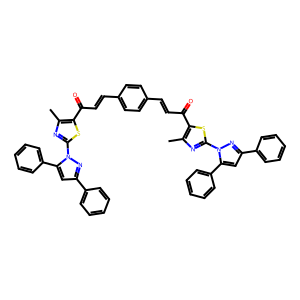
SMILES: Cc1nc(-n2nc(-c3ccccc3)cc2-c2ccccc2)sc1C(=O)C=Cc1ccc(C=CC(=O)c2sc(-n3nc(-c4ccccc4)cc3-c3ccccc3)nc2C)cc1
Inhibits HIV replication: No